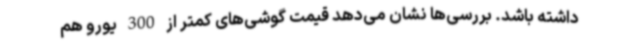
داشته باشد. بررسی‌ها نشان می‌دهد قیمت گوشی‌های کمتر از 300 یورو هم